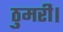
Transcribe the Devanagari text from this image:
ठुमरी।